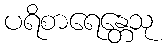
ပရိစာရေန္တေသု